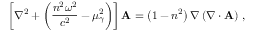
\left[ \nabla ^ { 2 } + \left( \frac { n ^ { 2 } \omega ^ { 2 } } { c ^ { 2 } } - \mu _ { \gamma } ^ { 2 } \right) \right] { \bf A } = \left( 1 - n ^ { 2 } \right) \nabla \left( \nabla \cdot { \bf A } \right) \, ,